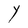
Character: Y